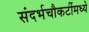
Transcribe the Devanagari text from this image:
संदर्भचौकटींमध्ये